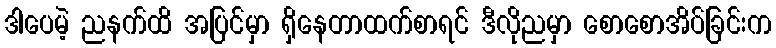
ဒါပေမဲ့ ညနက်ထိ အပြင်မှာ ရှိနေတာထက်စာရင် ဒီလိုညမှာ စောစောအိပ်ခြင်းက